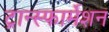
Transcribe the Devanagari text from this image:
ट्रान्स्फार्मेशन